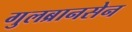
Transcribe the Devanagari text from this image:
गुलब्रानसेन